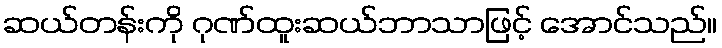
ဆယ်တန်းကို ဂုဏ်ထူးဆယ်ဘာသာဖြင့် အောင်သည်။